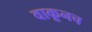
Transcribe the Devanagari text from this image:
वाकूनच